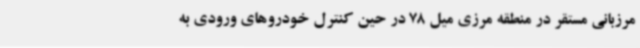
مرزبانی مستقر در منطقه مرزی میل 78 در حین کنترل خودروهای ورودی به